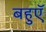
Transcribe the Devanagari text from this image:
बहुएॅ